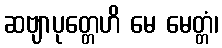
ဆဗျာပုတ္တေဟိ မေ မေတ္တံ၊